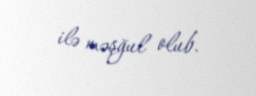
ilə məşğul olub.